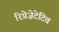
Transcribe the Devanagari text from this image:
रिप्रेज़ेटेटिव